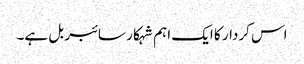
اس کردار کا ایک اہم شہکار سائبر بل ہے۔